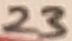
Text: 23